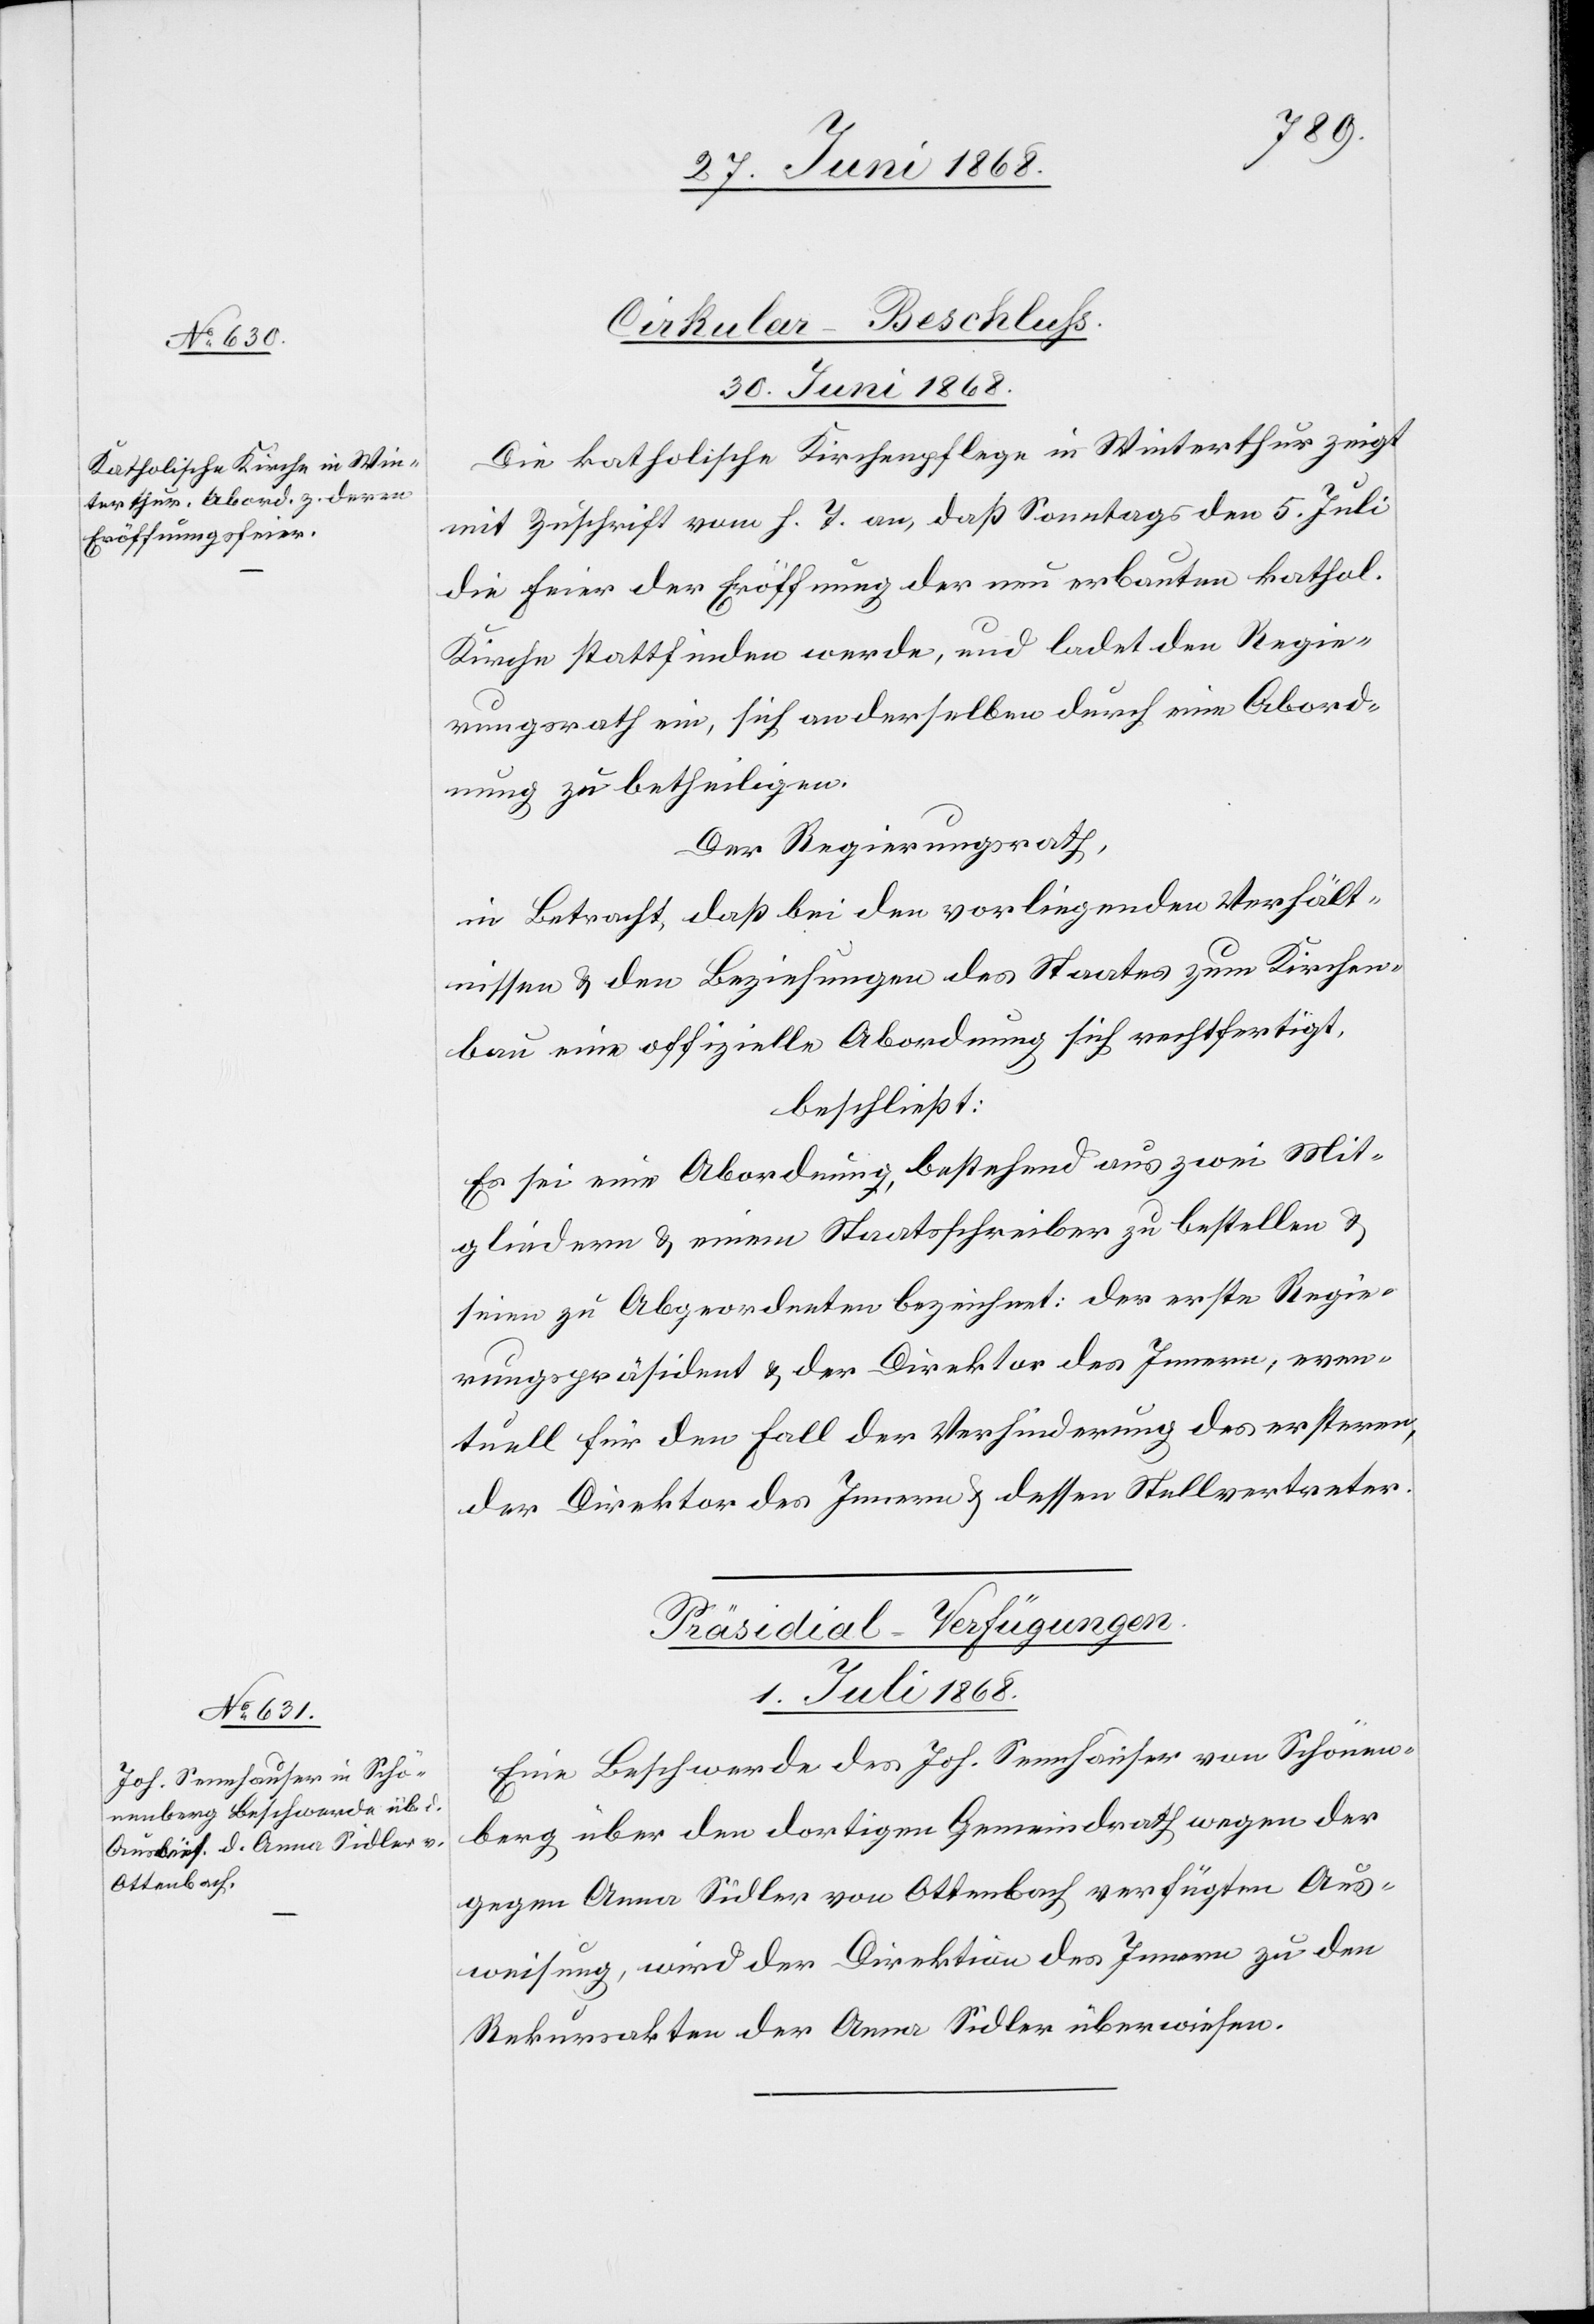
Cirkular-Beschluss.
30. Juni 1868.
Die katholische Kirchenpflege in Winterthur zeigt
mit Zuschrift vom h. T. an, daß Sonntags den 5. Juli
die Feier der Eröffnung der neu erbauten kathol.
Kirche stattfinden werde, und ladet den Regie¬
rungsrath ein, sich an derselben durch eine Abord¬
nung zu betheiligen.
Der Regierungsrath,
in Betracht, daß bei den vorliegenden Verhält¬
nissen & den Beziehungen des Staates zum Kirchen¬
bau eine offizielle Abordnung sich rechtfertigt,
beschließt:
Es sei eine Abordnung, bestehend aus zwei Mit¬
gliedern & einem Staatsschreiber zu bestellen &
seien zu Abgeordneten bezeichnet: der erste Regie¬
rungspräsident & der Direktor des Innern, even¬
tuell für den Fall der Verhinderung des ersteren,
der Direktor des Innern & dessen Stellvertreter.
Präsidial-Verfügungen.
1. Juli 1868.
Eine Beschwerde des Joh. Sennhauser von Schönen¬
berg über den dortigen Gemeindrath wegen der
gegen Anna Sidler von Ottenbach verfügten Aus¬
weisung, wird der Direktion des Innern zu den
Rekursakten der Anna Sidler überwiesen.